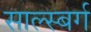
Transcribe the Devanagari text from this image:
साल्स्बर्ग